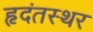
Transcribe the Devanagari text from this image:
हृदंतस्थर